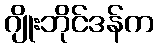
ဂျိုးဘိုင်ဒန်က